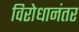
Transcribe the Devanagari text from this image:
विरोधानंतर